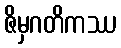
ဇိမှဂတိကဿ